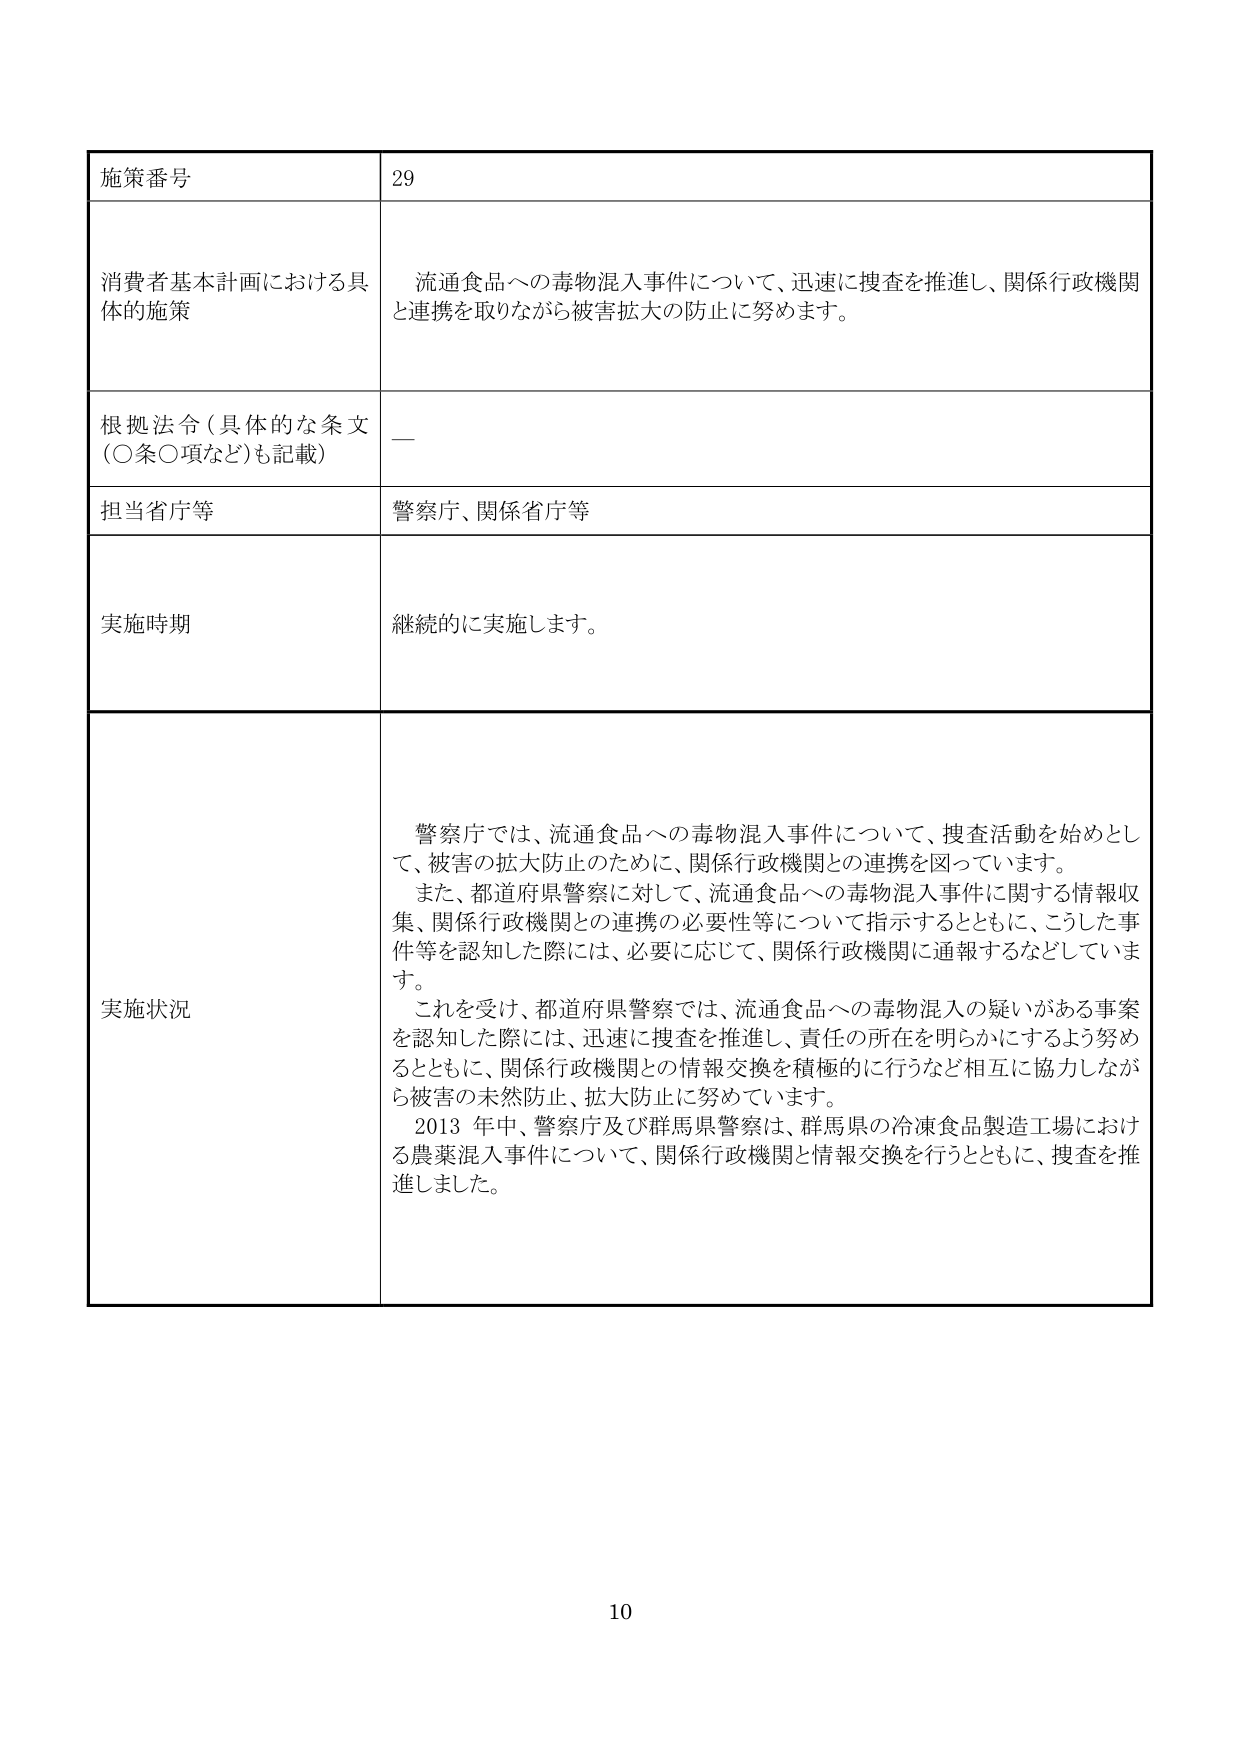
施策番号 29
消費者基本計画における具体的施策 流通食品への毒物混入事件について、迅速に捜査を推進し、関係行政機関と連携を取りながら被害拡大の防止に努めます。
根拠法令（具体的な条文（○条○項など）も記載） —
担当省庁等 警察庁、関係省庁等
実施時期 継続的に実施します。
実施状況 警察庁では、流通食品への毒物混入事件について、捜査活動を始めとして、被害の拡大防止のために、関係行政機関との連携を図っています。
また、都道府県警察に対して、流通食品への毒物混入事件に関する情報収集、関係行政機関との連携の必要性等について指示するとともに、こうした事件等を認知した際には、必要に応じて、関係行政機関に通報するなどしています。
これを受けて、都道府県警察では、流通食品への毒物混入の疑いがある事案を認知した際には、迅速に捜査を推進し、責任の所在を明らかにするよう努めるとともに、関係行政機関との情報交換を積極的に行うなど相互に協力しながら被害の未然防止、拡大防止に努めています。
2013年中、警察庁及び群馬県警察は、群馬県の冷凍食品製造工場における農薬混入事件について、関係行政機関と情報交換を行うとともに、捜査を推進しました。
10